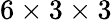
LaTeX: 6\times 3\times 3